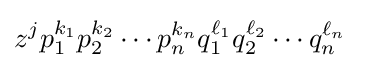
z^{j}p_{1}^{k_{1}}p_{2}^{k_{2}}\cdots p_{n}^{k_{n}}q_{1}^{\ell _{1}}q_{2}^{\ell _{2}}\cdots q_{n}^{\ell _{n}}~